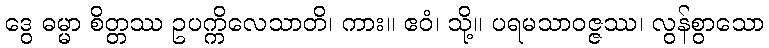
ဒွေ ဓမ္မာ စိတ္တဿ ဥပက္ကိလေသာတိ၊ ကား။ ဧဝံ၊ သို့။ ပရမသာဝဇ္ဇဿ၊ လွန်စွာသော